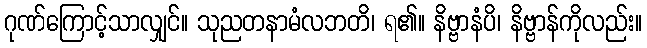
ဂုဏ်ကြောင့်သာလျှင်။ သုညတနာမံလဘတိ၊ ရ၏။ နိဗ္ဗာနံပိ၊ နိဗ္ဗာန်ကိုလည်း။